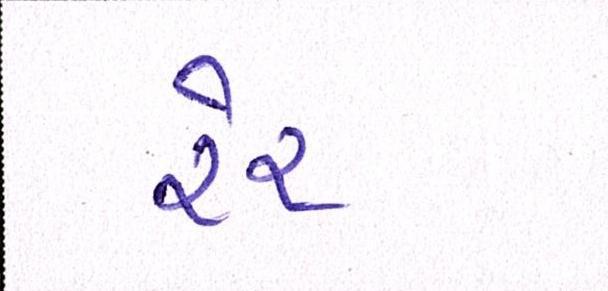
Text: રેર